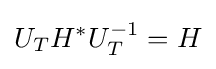
U_{T}H^{*}U_{T}^{-1}=H